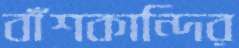
বাঁশকান্দির